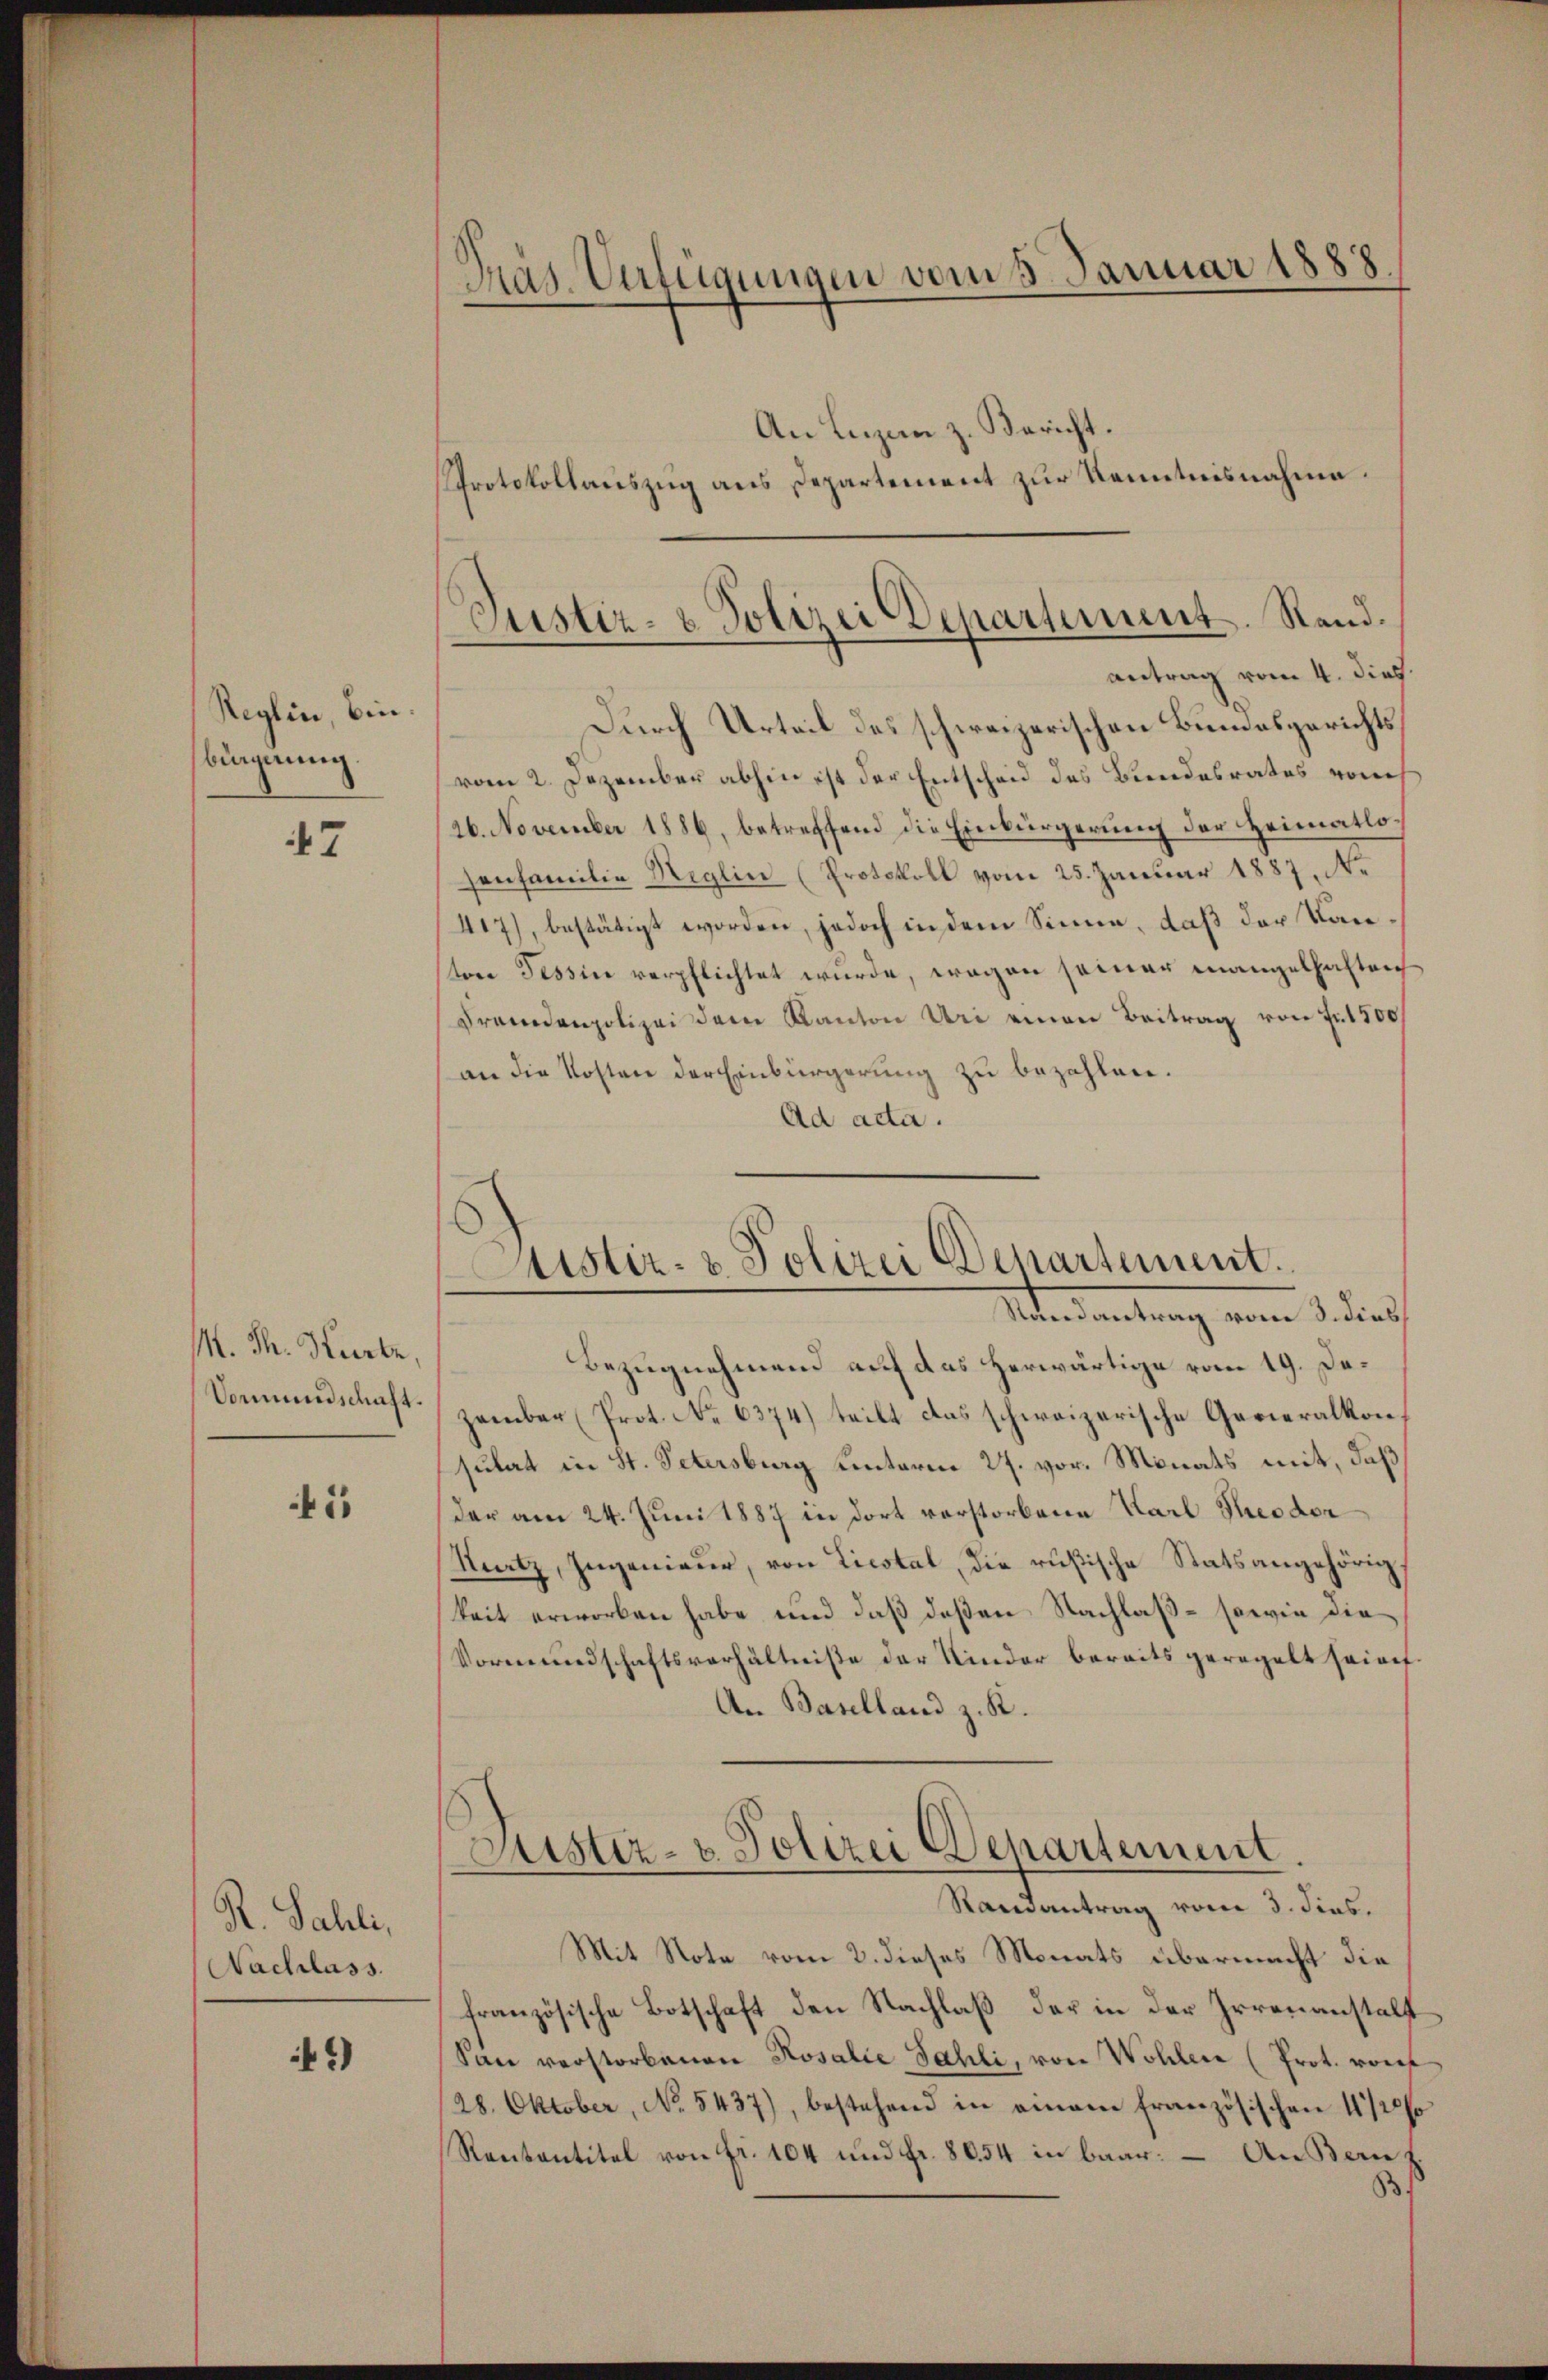
Reglin, bin.
bingerung.

47

/. dh. Karte,
Vormundschaft.

4

R. Sahli,
Nachlass.

*)

Präs. Verfügungen vom 5. Januar 1888.

Durch Urteil des schweizerischen Bundesgerichtsvom 2. Dezember abhin ist der Entscheid des Bundesrates vom
26. November 1886, betreffend die Einbürgerung der Heimatlosonfamilie Neglin (Protokoll vom 25. Januar 1887, Ne
417), bestätigt worden, jedoch in dem Sinne, daß der Kanstere Tessin verpflichtet wurde, wegen seiner mangelhaften
Fremdenpolizei dem Kanton Uri einen Beitrag von Fr. 500
an die Kosten der Einbürgerung zu bezahlen.
Ad acta.

An Lizen z. Bericht.

Protokollauszug aus Departement zur Kenntnisnahme.
Justiz- & Polizei Departement. Rand.
antrag vom 4. dies

Justiz- & Polizei Departement.
Randantrag vom 3. dies

Bezugnehmend auf das herwärtige vom 19. Dazember (Prot. No 6374) teilt das schweizerische Generalkonsulat in St. Petersburg hinterm 27. vor. Monats mit, daß
der am 24. Juni 1887 in dort verstorbene Karl Reodor
Natz, Ingenieur, von Liestal, die rußische Statsangehörig
keit erworben habe und daß deßen Nachlaß - sowie die
Vormundschaftsverhältniße der Kinder bereits geregelt seien.
An Baselland z. K.
Justiz- & Polizei Departement.
Randantrag vom 3. Fins.
Mit Note vom 2. dieses Monats übermacht die
französische Botschaft den Nachlaß der in der Irrenanstalt
San verstorbenen Kosalie Jahli, von Wohler (Prot. vorf
28. Oktober, No 5437), bestehend in einem französischen 1/2%
Rentantitel von fr. 104 und Fr. 8654 in baar. – An Berne z.